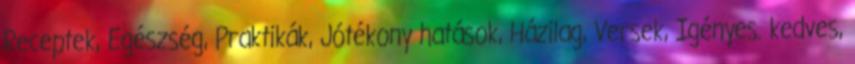
Receptek, Egészség, Praktikák, Jótékony hatások, Házilag, Versek, Igényes. kedves,